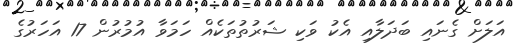
އަލަށް ގެނައި ބަދަލާއި އެކު ވަކި ޝަރުތުތަކެއް ހަމަވާ އުމުރުން 17 އަހަރުގެ